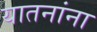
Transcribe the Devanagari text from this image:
यातनांना